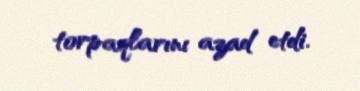
torpaqlarını azad etdi.